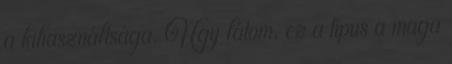
a kihasználtsága. Úgy látom, ez a típus a maga